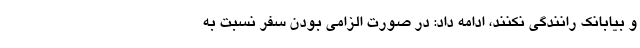
و بیابانک رانندگی نکنند، ادامه داد: در صورت الزامی بودن سفر نسبت به